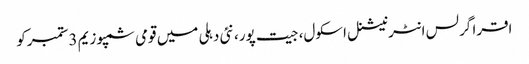
اقرا گرلس انٹرنیشنل اسکول، جیت پور، نئی دہلی میں قومی سمپوزیم 3ستمبرکو